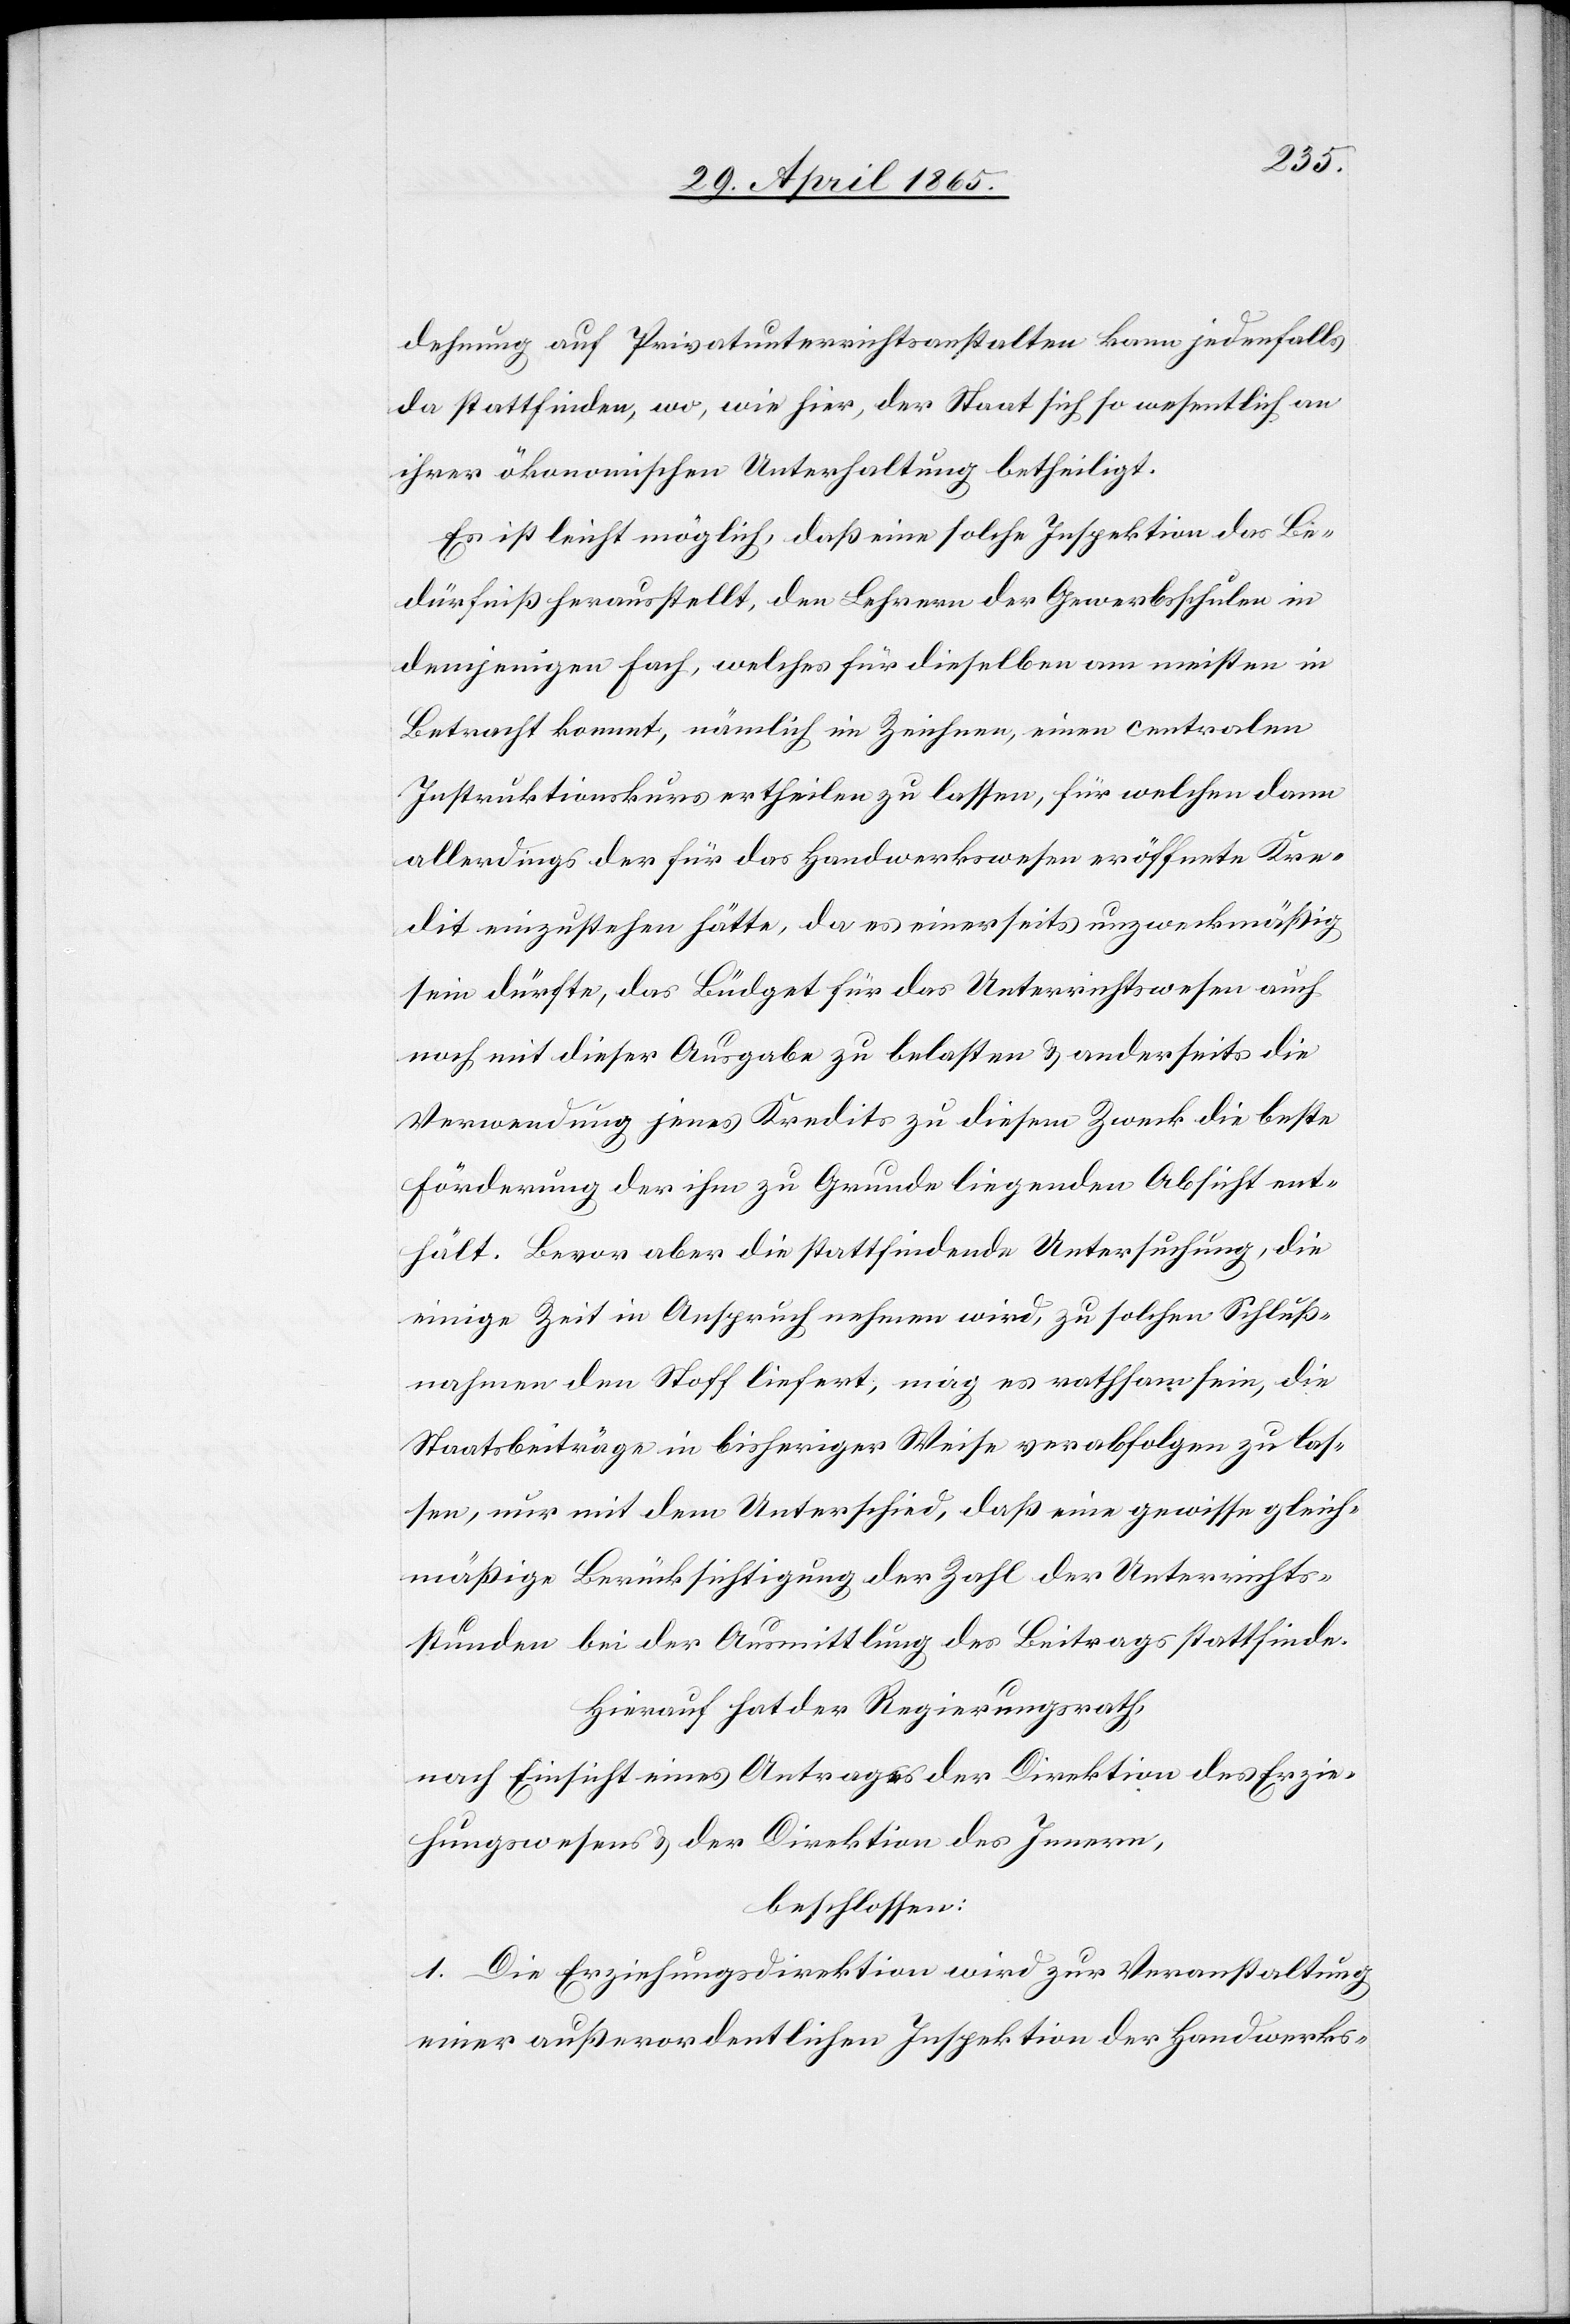
dehnung auf Privatunterrichtsanstalten kann jedenfalls
da stattfinden, wo, wie hier, der Staat sich so wesentlich an
ihrer ökonomischen Unterhaltung betheiligt.
Es ist leicht möglich, daß eine solche Inspektion das Be¬
dürfniß herausstellt, den Lehrern der Gewerbsschulen in
demjenigen Fach, welches für dieselben am meisten in
Betracht kommt, nämlich im Zeichnen, einen centralen
Instruktionskurs ertheilen zu lassen, für welchen dann
allerdings der für das Handwerkswesen eröffnete Kre¬
dit einzustehen hätte, da es einerseits unzweckmäßig
sein dürfte, das Büdget für das Unterrichtswesen auch
noch mit dieser Ausgabe zu belasten & anderseits die
Verwendung jenes Kredits zu diesem Zweck die beste
Förderung der ihm zu Grunde liegenden Absicht ent¬
hält. Bevor aber die stattfindende Untersuchung, die
einige Zeit in Anspruch nehmen wird, zu solchen Schluß¬
nahmen den Stoff liefert, mag es rathsam sein, die
Staatsbeiträge in bisheriger Weise verabfolgen zu las¬
sen, nur mit dem Unterschied, daß eine gewisse gleich¬
mäßige Berücksichtigung der Zahl der Unterrichts¬
stunden bei der Ausmittlung des Beitrags stattfinde.
Hierauf hat der Regierungsrath,
nach Einsicht eines Antrages der Direktion des Erzie¬
hungswesens & der Direktion des Innern,
beschlossen:
1. Die Erziehungsdirektion wird zur Veranstaltung
einer außerordentlichen Inspektion der Handwerks-